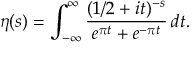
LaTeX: \eta ( s ) = \int _ { - \infty } ^ { \infty } { \frac { ( 1 / 2 + i t ) ^ { - s } } { e ^ { \pi t } + e ^ { - \pi t } } } \, d t .